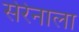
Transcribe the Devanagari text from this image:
सेरेनाला